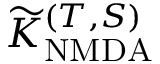
\widetilde { K } _ { \mathrm { N M D A } } ^ { ( T , S ) }